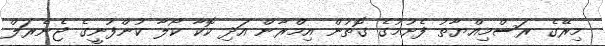
މިރޭގެ ރަސްމިއްޔާތު ފެށުމުގެ ގޮތުން އިމްރާން އަދި ކޮކާ ކޯލާ ކުންފުނީގެ ޖެނެރަލް